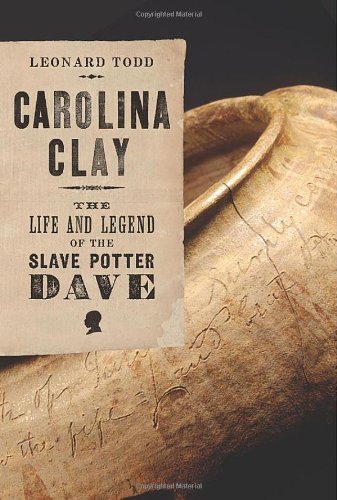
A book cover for Carolina Clay: The Life and Legend of the Slave Potter Dave; Leonard Todd; Arts & Photography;